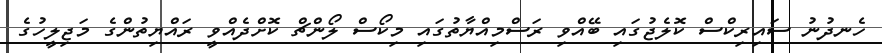
ހެނދުނު ސައިރިކްސް ކޮލެޖުގައި ބޭއްވި ރަސްމިއްޔާތުގައި މިކޯސް ލޯންޗް ކޮށްދެއްވީ ރައްޔިތުންގެ މަޖިލީހުގެ